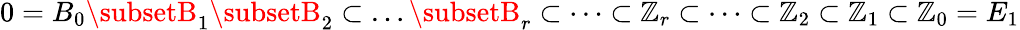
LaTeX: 0=B_{0}\subsetB_{1}\subsetB_{2}\subset\dots\subsetB_{r}\subset\dots\subset\mathbb{Z}_{r}\subset\dots\subset\mathbb{Z}_{2}\subset\mathbb{Z}_{1}\subset\mathbb{Z}_{0}=E_{1}